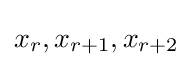
x_{r},x_{r+1},x_{r+2}